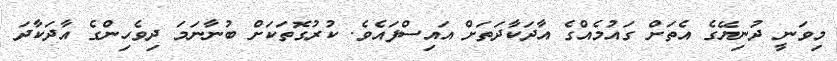
މިވަނީ ދުނިޔޭގެ އެތަށް ގައުމެއްގެ އާދަކާދަތަށް އައިސްފައެެވެ. ކުރުގޮތަކަށް ބުނާނަމަ ދިވެހިންގެ އާދަކާދަ